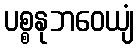
ပစ္စနုဘဝေယျံ